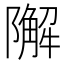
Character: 𨼬